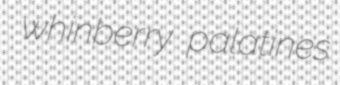
whinberry palatines